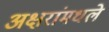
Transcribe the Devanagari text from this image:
अक्षरांमधले